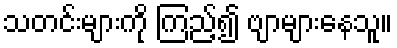
သတင်းများကို ကြည့်၍ ဗျာများနေသူ။